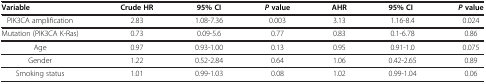
<table><thead><tr><td><b>Variable</b></td><td><b>Crude HR</b></td><td><b>95% CI</b></td><td><b><i>P </i>value</b></td><td><b>AHR</b></td><td><b>95% CI</b></td><td><b><i>P </i>value</b></td></tr></thead><tbody><tr><td>PIK3CA amplification</td><td>2.83</td><td>1.08-7.36</td><td>0.003</td><td>3.13</td><td>1.16-8.4</td><td>0.024</td></tr><tr><td>Mutation (PIK3CA K-Ras)</td><td>0.73</td><td>0.09-5.6</td><td>0.77</td><td>0.83</td><td>0.1-6.78</td><td>0.86</td></tr><tr><td>Age</td><td>0.97</td><td>0.93-1.00</td><td>0.13</td><td>0.95</td><td>0.91-1.0</td><td>0.075</td></tr><tr><td>Gender</td><td>1.22</td><td>0.52-2.84</td><td>0.64</td><td>1.06</td><td>0.42-2.65</td><td>0.89</td></tr><tr><td>Smoking status</td><td>1.01</td><td>0.99-1.03</td><td>0.08</td><td>1.02</td><td>0.99-1.04</td><td>0.06</td></tr></tbody></table>